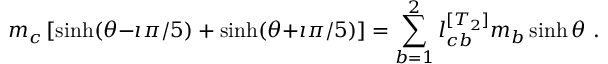
m _ { c } \left[ \sinh ( \theta { - } \imath \pi / 5 ) + \sinh ( \theta { + } \imath \pi / 5 ) \right] = \sum _ { b = 1 } ^ { 2 } l _ { c b } ^ { [ T _ { 2 } ] } m _ { b } \sinh \theta ~ .